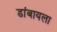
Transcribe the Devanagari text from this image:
डांबायला